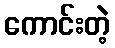
ကောင်းတဲ့